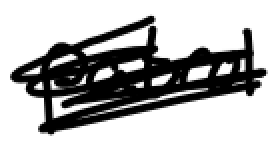
Text: patrol
Cross-out: scratch
Writing tool: digital_black